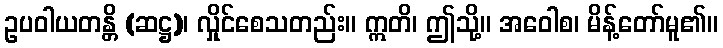
ဥပဝါယတန္တိ (ဆဋ္ဌ)၊ လှိုင်စေသတည်း။ ဣတိ၊ ဤသို့။ အဝေါစ၊ မိန့်တော်မူ၏။